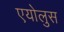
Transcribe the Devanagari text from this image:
एयोलुस